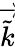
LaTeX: \overrightarrow{\tilde{k}}